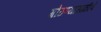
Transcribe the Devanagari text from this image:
गोठण्यासाठीचे